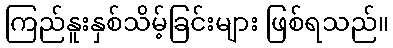
ကြည်နူးနှစ်သိမ့်ခြင်းများ ဖြစ်ရသည်။